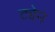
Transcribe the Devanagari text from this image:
ट्येन